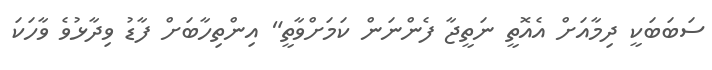
ސަބަބަކީ ދިމާއަށް އެއޮތީ ނަތީޖާ ފެންނަން ކަމަށްވާތީ" އިންތިހާބަށް ފާޑު ވިދާޅުވެ ވާހަކަ